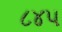
૮૪૫